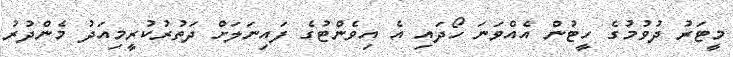
މީޓަރު ދުވުމުގެ ހީޓުން އެއްވަނަ ހޯދައި އެ އިވެންޓުގެ ފައިނަލަށް ދަތުރުކުރީމިއަދު މެންދުރު